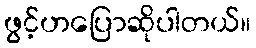
ဖွင့်ဟပြောဆိုပါတယ်။